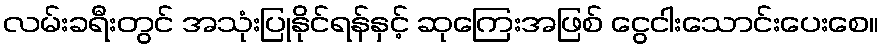
လမ်းခရီးတွင် အသုံးပြုနိုင်ရန်နှင့် ဆုကြေးအဖြစ် ငွေငါးသောင်းပေးစေ။